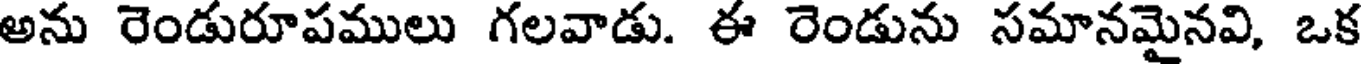
అను రెండురూపములు గలవాడు. ఈ రెండును సమానమైనవి, ఒక